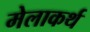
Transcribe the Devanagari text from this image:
मेलाकर्थ